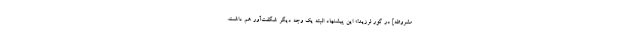
مشروطه] در گور لرزید!» این پیشنهاد البته یک وجه دیگر شگفت‌آور هم داشت.